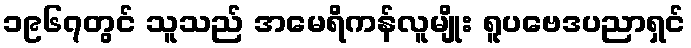
၁၉၆၇တွင် သူသည် အမေရိကန်လူမျိုး ရူပဗေဒပညာရှင်